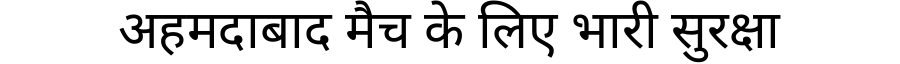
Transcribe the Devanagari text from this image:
अहमदाबाद मैच के लिए भारी सुरक्षा